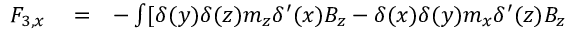
\begin{array} { r l r } { F _ { 3 , x } } & { { } = } & { - \int [ \delta ( y ) \delta ( z ) m _ { z } \delta ^ { \prime } ( x ) B _ { z } - \delta ( x ) \delta ( y ) m _ { x } \delta ^ { \prime } ( z ) B _ { z } } \end{array}